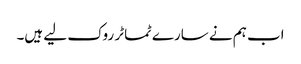
اب ہم نے سارے ٹماٹر روک لیے ہیں۔